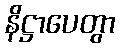
နိဋ္ဌာပေတွာ